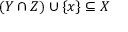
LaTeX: ( Y \cap Z ) \cup \{ x \} \subseteq X